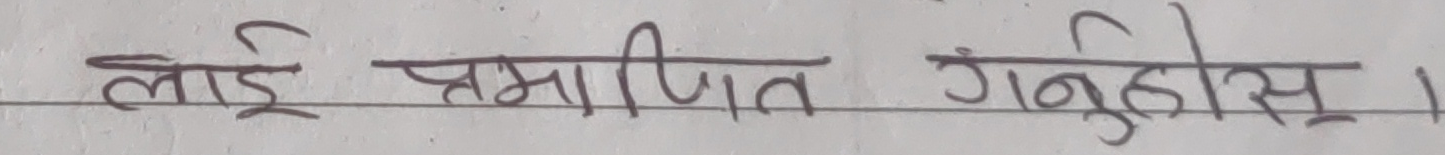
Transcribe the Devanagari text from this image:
लाई प्रमाणित गर्नुहोस् ।